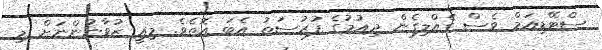
ސްޓޭޑިއަމް ވެސް ގެއްލިގެން ދިއުމުގެ ފުރުސަތު އެބަ އޮތެވެ. މިއީ ޒުވާނުންނަށް މި